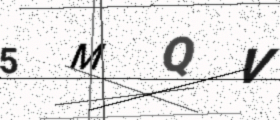
Text: 5MQV